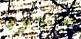
تصنعون